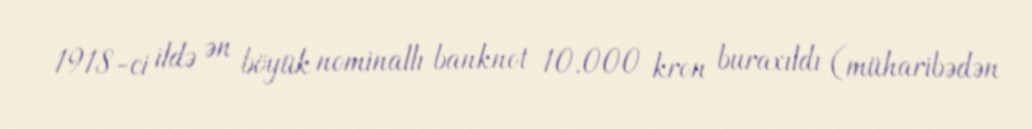
1918-ci ildə ən böyük nominallı banknot 10.000 kron buraxıldı (müharibədən